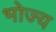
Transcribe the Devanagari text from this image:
भोज्‍य